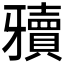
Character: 𰠥